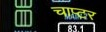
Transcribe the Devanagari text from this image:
चाप्टर